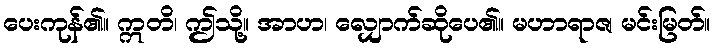
ပေးကုန်၏။ ဣတိ၊ ဤသို့။ အာဟ၊ လျှောက်ဆိုပေ၏။ မဟာရာဇ၊ မင်းမြတ်။